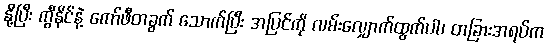
နို့ပြီး ကွီနိုင်နဲ့ ကော်ဖီတခွက် သောက်ပြီး အပြင်ကို လမ်းလျှောက်ထွက်ပါ၊ တခြားအရပ်က